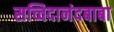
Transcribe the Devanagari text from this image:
सच्चिदानंदबाबा